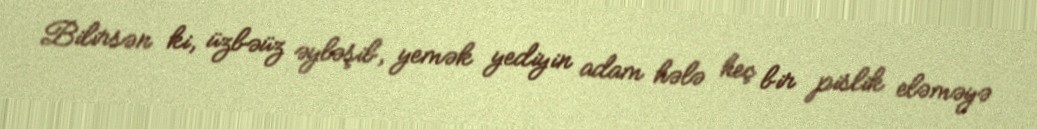
Bilirsən ki, üzbəüz əyləşib, yemək yediyin adam hələ heç bir pislik eləməyə